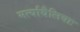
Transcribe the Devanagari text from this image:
मर्त्यायैलिवाः